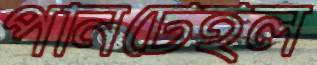
পনিটেইল